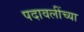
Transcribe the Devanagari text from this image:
पदावलींच्या